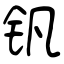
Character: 钒